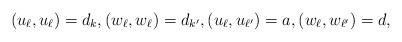
LaTeX: \begin{align*}(u_{\ell},u_{\ell}) = d_k, (w_{\ell},w_{\ell}) = d_{k'}, (u_{\ell},u_{\ell'}) = a, (w_{\ell},w_{\ell'}) = d,\end{align*}